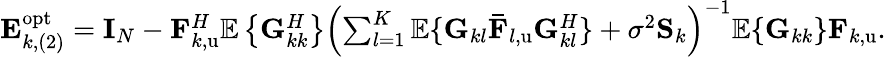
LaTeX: \begin{array}{r}{\mathbf{E}_{k,(2)}^{\mathrm{opt}}=\mathbf{I}_{N}-\mathbf{F}_{k,\mathrm{u}}^{H}\mathbb{E}\left\{ \mathbf{G}_{kk}^{H}\right\} \left(\sum_{l=1}^{K}{\mathbb{E}\{ \mathbf{G}_{kl}\mathbf{\bar{F}}_{l,\mathrm{u}}\mathbf{G}_{kl}^{H}\} }+\sigma^{2}\mathbf{S}_{k}\right)^{-1}\mathbb{E}\{ \mathbf{G}_{kk}\} \mathbf{F}_{k,\mathrm{u}}.}\end{array}